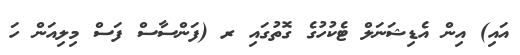
އައި) އިން އެޑިޝަނަލް ޓެކުހުގެ ގޮތުގައި ރ (ފަންސާސް ފަސް މިލިއަން ހަ